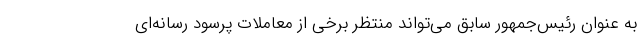
به عنوان رئیس‌جمهور سابق می‌تواند منتظر برخی از معاملات پرسود رسانه‌ای